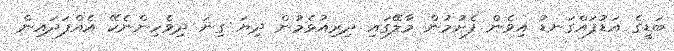
ބަޑީގެ އަޑުފައްގަނޑު އިވެން ފެށުމުން މާލޭގައި ދިރިއުޅެމުން ދިޔަ ގިނަ ދިވެހިންނެކޭ އެއްފަދައިން